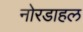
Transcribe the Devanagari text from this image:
नोरडाहल